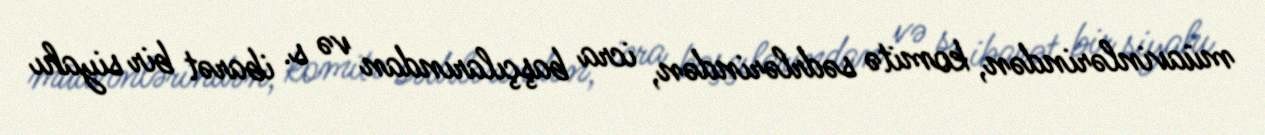
müavinlərindən, komitə sədrlərindən, icra başçılarından və s. ibarət bir siyahı